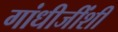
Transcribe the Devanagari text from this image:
गांधीजींशी